Indian journal of veterinary science and animal husbandry - Volumes 22-23, 1952-1953
Year: 1952
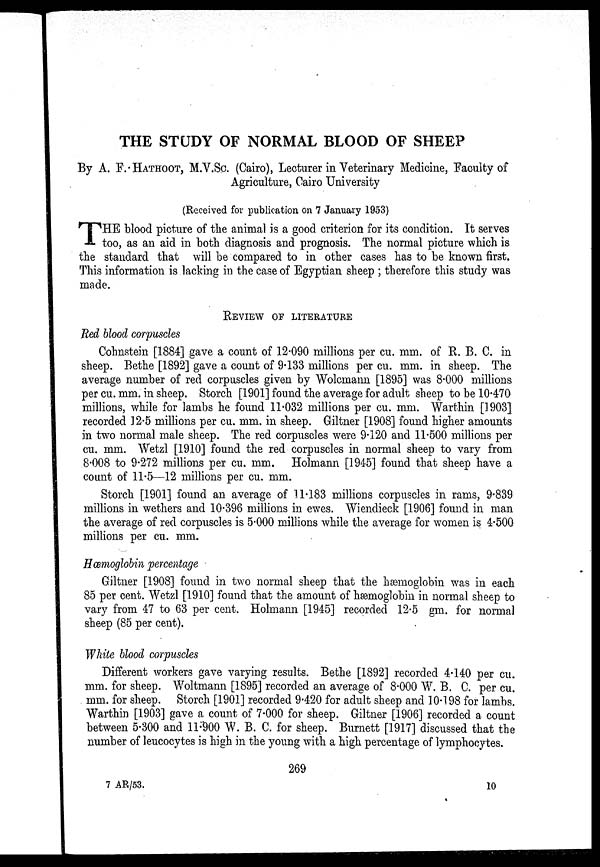
THE STUDY OF NORMAL BLOOD OF SHEEP
By A. F. HATHOOT, M.V.Sc. (Cairo), Lecturer in Veterinary Medicine, Faculty of
Agriculture, Cairo University
(Received for publication on 7 January 1953)
T HE blood picture of the animal is a good criterion for its condition. It serves
too, as an aid in both diagnosis and prognosis. The normal picture which is
the standard that will be compared to in other cases has to be known first.
This information is lacking in the case of Egyptian sheep; therefore this study was
made.
REVIEW OF LITERATURE
Red blood corpuscles
Cohnstein [1884] gave a count of 12.090 millions per cu. mm. of R. B. C. in
sheep. Bethe [1892] gave a count of 9.133 millions per cu. mm. in sheep. The
average number of red corpuscles given by Wolcmann [1895] was 8.000 millions
per cu. mm. in sheep. Storch [1901] found the average for adult sheep to be 10.470
millions, while for lambs he found 11.032 millions per cu. mm. Warthin [1903]
recorded 12.5 millions per cu. mm. in sheep. Giltner [1908] found higher amounts
in two normal male sheep. The red corpuscles were 9.120 and 11.500 millions per
cu. mm. Wetzl [1910] found the red corpuscles in normal sheep to vary from
8.008 to 9.272 millions per cu. mm. Holmann [1945] found that sheep have a
count of 11.5—12 millions per cu. mm.
Storch [1901] found an average of 11.183 millions corpuscles in rams, 9.839
millions in wethers and 10.396 millions in ewes. Wiendieck [1906] found in man
the average of red corpuscles is 5.000 millions while the average for women is 4.500
millions per cu. mm.
Hæmoglobin percentage
Giltner [1908] found in two normal sheep that the hæmoglobin was in each
85 per cent. Wetzl [1910] found that the amount of hæmoglobin in normal sheep to
vary from 47 to 63 per cent. Holmann [1945] recorded 12.5 gm. for normal
sheep (85 per cent).
White blood corpuscles
Different workers gave varying results. Bethe [1892] recorded 4.140 per cu.
mm. for sheep. Woltmann [1895] recorded an average of 8.000 W. B. C. per cu.
mm. for sheep. Storch [1901] recorded 9.420 for adult sheep and 10.198 for lambs.
Warthin [1903] gave a count of 7.000 for sheep. Giltner [1906] recorded a count
between 5.300 and 11.900 W. B. C. for sheep. Burnett [1917] discussed that the
number of leucocytes is high in the young with a high percentage of lymphocytes.
269
7 AR/53.
10